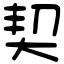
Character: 契